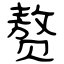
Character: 赘